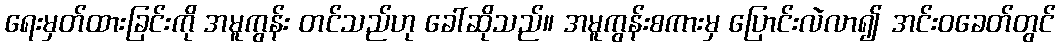
ရေးမှတ်ထားခြင်းကို အမူကွန်း တင်သည်ဟု ခေါ်ဆိုသည်။ အမူကွန်းစကားမှ ပြောင်းလဲလာ၍ အင်းဝခေတ်တွင်